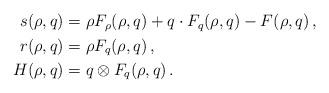
LaTeX: \begin{align*}\begin{aligned}s (\rho, q) &= \rho F_\rho (\rho, q) + q \cdot F_q (\rho, q) - F (\rho, q)\, ,\\r (\rho, q) &= \rho F_q (\rho, q)\, ,\\H(\rho , q) &= q \otimes F_q (\rho, q) \, .\end{aligned}\end{align*}